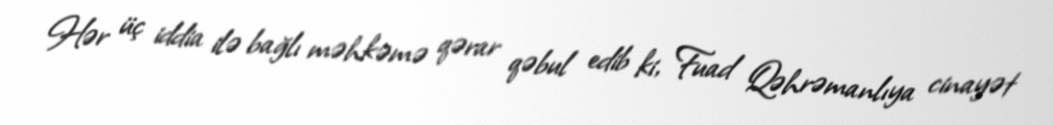
Hər üç iddia ilə bağlı məhkəmə qərar qəbul edib ki, Fuad Qəhrəmanlıya cinayət